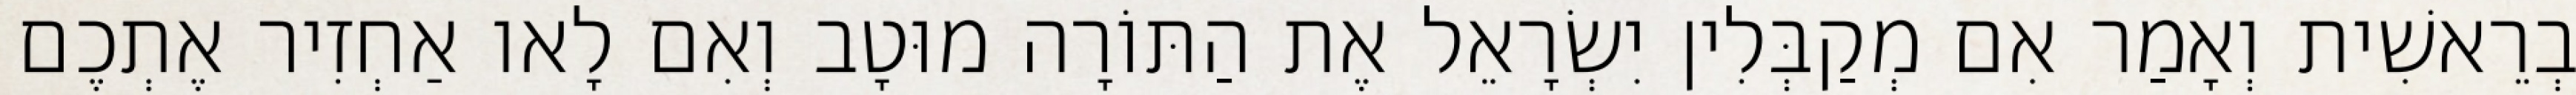
בְרֵאשִׁית וְאָמַר אִם מְקַבְּלִין יִשְׂרָאֵל אֶת הַתּוֹרָה מוּטָב וְאִם לָאו אַחְזִיר אֶתְכֶם